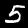
Digit: 5